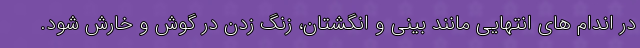
در اندام های انتهایی مانند بینی و انگشتان، زنگ زدن در گوش و خارش شود.